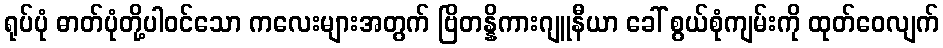
ရုပ်ပုံ ဓာတ်ပုံတို့ပါဝင်သော ကလေးများအတွက် ဗြိတန္နိကားဂျူနီယာ ခေါ် စွယ်စုံကျမ်းကို ထုတ်ဝေလျက်